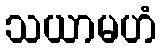
သယာမဟံ